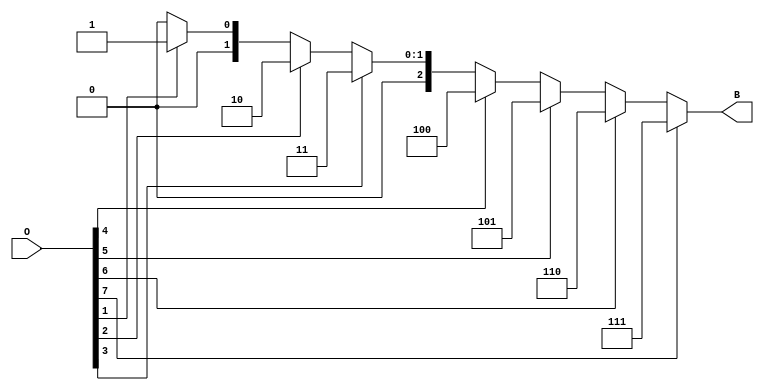
module octal_to_binary_encoder (
    input  wire [7:0] O,  // 8-bit octal input
    output reg  [2:0] B   // 3-bit binary output
);

    always @(*) begin
        case (1'b1)  // Check for the highest active input
            O[7]: B = 3'b111; // Output for octal 7
            O[6]: B = 3'b110; // Output for octal 6
            O[5]: B = 3'b101; // Output for octal 5
            O[4]: B = 3'b100; // Output for octal 4
            O[3]: B = 3'b011; // Output for octal 3
            O[2]: B = 3'b010; // Output for octal 2
            O[1]: B = 3'b001; // Output for octal 1
            O[0]: B = 3'b000; // Output for octal 0
            default: B = 3'b000; // Undefined case, output can be defined as 000
        endcase
    end

endmodule